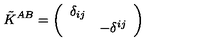
\tilde { K } ^ { A B } = \left( \begin{array} { l l } { \delta _ { i j } } & { } \\ { } & { - \delta ^ { i j } } \\ \end{array} \right)